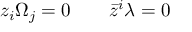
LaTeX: z _ { i } \Omega _ { j } = 0 \qquad \bar { z } ^ { i } \lambda = 0